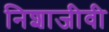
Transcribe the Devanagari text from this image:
निशाजीवी